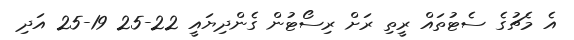
އެ މެޗުގެ ސެޓުތައް ރީތި ރަށް ރިސޯޓުން ގެންދިޔައީ 22-25 19-25 އަދި